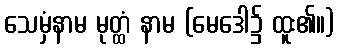
သေမှံနာမ မုတ္ထံ နာမ (မေဒေါ၌ ထူး၏။)